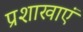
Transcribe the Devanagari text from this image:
प्रशाखाएं